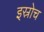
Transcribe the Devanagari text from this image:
इस्रोच